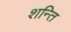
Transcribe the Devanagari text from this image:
शन्ति